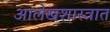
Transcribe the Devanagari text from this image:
आलेखशास्त्रात